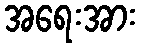
အရေးအား